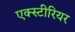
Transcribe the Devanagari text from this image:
एक्स्टीरियर